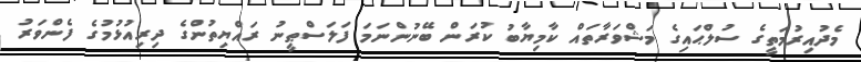
މެދުއިރުމަތީގެ ސުލްޙައިގެ މަޝްވަރާތައް ކާމިޔާބު ކުރަން ބޭނުންނަމަ ފަލަސްޠީނު ރައްޔިތުންގެ ދިރިއުޅުމުގެ ފެންވަރު